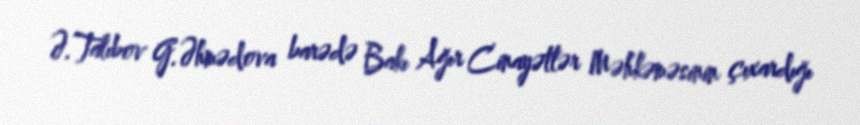
Ə.Talıbov G.Əhmədova barədə Bakı Ağır Cinayətlər Məhkəməsinin çıxardığı